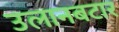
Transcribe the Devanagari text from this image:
उलानबटार